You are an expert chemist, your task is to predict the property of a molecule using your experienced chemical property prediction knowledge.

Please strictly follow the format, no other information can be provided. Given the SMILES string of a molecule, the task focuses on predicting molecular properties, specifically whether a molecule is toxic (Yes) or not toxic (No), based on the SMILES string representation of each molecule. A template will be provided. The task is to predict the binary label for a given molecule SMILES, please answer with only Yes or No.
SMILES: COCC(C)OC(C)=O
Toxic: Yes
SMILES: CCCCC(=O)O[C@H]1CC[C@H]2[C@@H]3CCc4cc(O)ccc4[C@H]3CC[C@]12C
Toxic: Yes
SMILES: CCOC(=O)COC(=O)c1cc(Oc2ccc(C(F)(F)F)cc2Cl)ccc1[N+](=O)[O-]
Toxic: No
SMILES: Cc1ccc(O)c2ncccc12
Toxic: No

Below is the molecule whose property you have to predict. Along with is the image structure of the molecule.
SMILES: C=CCN1C[C@H](C(=O)N(CCCN(C)C)C(=O)NCC)C[C@@H]2c3cccc4[nH]cc(c34)C[C@H]21
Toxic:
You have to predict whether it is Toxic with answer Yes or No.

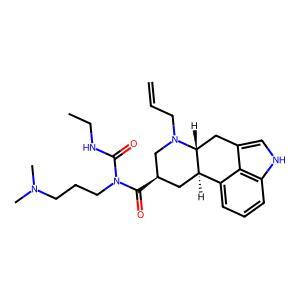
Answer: No